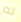
لم